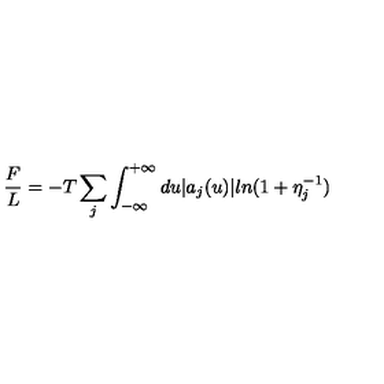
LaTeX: \frac { F } { L } = - T \sum _ { j } \int _ { - \infty } ^ { + \infty } d u | a _ { j } ( u ) | l n ( 1 + \eta _ { j } ^ { - 1 } )